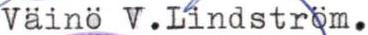
Väinö V. Lindström.